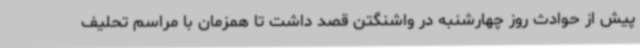
پیش از حوادث روز چهارشنبه در واشنگتن قصد داشت تا همزمان با مراسم تحلیف